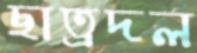
ছাত্রদল